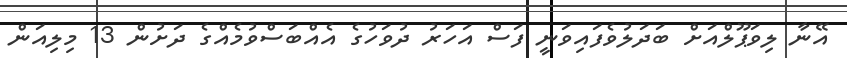
އޭނާ ލިވަޕޫލްއަށް ބަދަލުވެފައިވަނީ ފަސް އަހަރު ދުވަހުގެ އެއްބަސްވުމެއްގެ ދަށުން 13 މިލިއަން